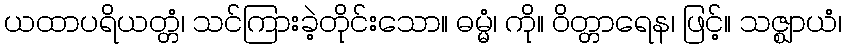
ယထာပရိယတ္တံ၊ သင်ကြားခဲ့တိုင်းသော။ ဓမ္မံ၊ ကို။ ဝိတ္တာရေန၊ ဖြင့်။ သဇ္ဈာယံ၊